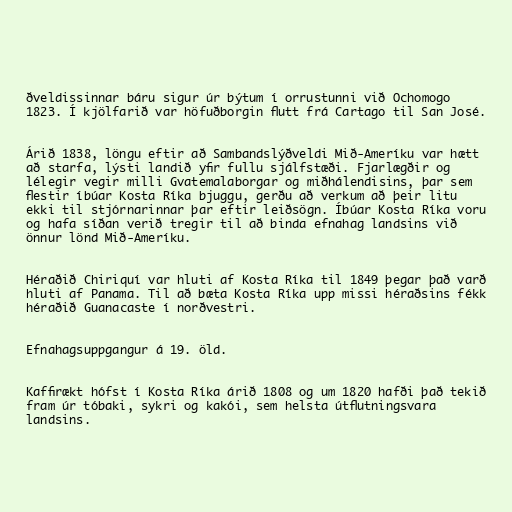
ðveldissinnar báru sigur úr býtum í orrustunni við Ochomogo
1823. Í kjölfarið var höfuðborgin flutt frá Cartago til San José.

Árið 1838, löngu eftir að Sambandslýðveldi Mið-Ameríku var hætt
að starfa, lýsti landið yfir fullu sjálfstæði. Fjarlægðir og
lélegir vegir milli Gvatemalaborgar og miðhálendisins, þar sem
flestir íbúar Kosta Ríka bjuggu, gerðu að verkum að þeir litu
ekki til stjórnarinnar þar eftir leiðsögn. Íbúar Kosta Ríka voru
og hafa síðan verið tregir til að binda efnahag landsins við
önnur lönd Mið-Ameríku.

Héraðið Chiriquí var hluti af Kosta Ríka til 1849 þegar það varð
hluti af Panama. Til að bæta Kosta Ríka upp missi héraðsins fékk
héraðið Guanacaste í norðvestri.

Efnahagsuppgangur á 19. öld.

Kaffirækt hófst í Kosta Ríka árið 1808 og um 1820 hafði það tekið
fram úr tóbaki, sykri og kakói, sem helsta útflutningsvara
landsins.